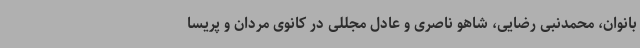
بانوان، محمدنبی رضایی، شاهو ناصری و عادل مجللی در کانوی مردان و پریسا